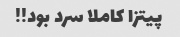
پیتزا کاملا سرد بود!!